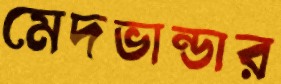
মেদভান্ডার